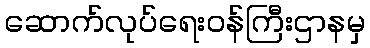
ဆောက်လုပ်ရေးဝန်ကြီးဌာနမှ